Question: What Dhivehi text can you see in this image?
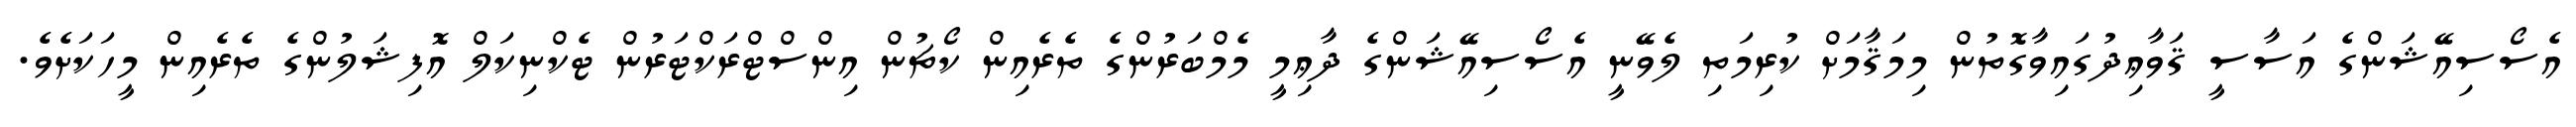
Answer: އެސޯސިއޭޝަންގެ އަސާސީ ޤަވާޢިދުގައިވާގޮތުން މިމަޤާމަށް ކުރިމަތި ލެވޭނީ އެސޯސިއޭޝަންގެ ދާޢިމީ މެމްބަރުންގެ ތެރެއިން ކޯޗުން އިންސްޓްރަކްޓަރުން ޓެކްނިކަލް އޮފިޝަލުންގެ ތެރެއިން މީހަކަށެވެ.